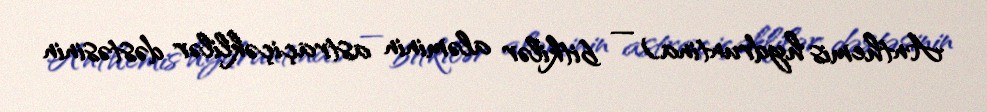
Anthemis hydruntina) — bitkilər aləminin astraçiçəklilər dəstəsinin